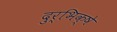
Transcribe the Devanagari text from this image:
दुर्भिक्षे